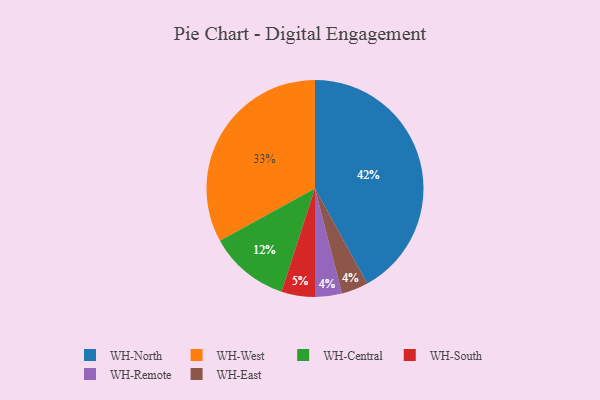
{"axis": {"x": "Category", "y": "Percentage"}, "legend": ["WH-Central", "WH-East", "WH-North", "WH-Remote", "WH-South", "WH-West"], "data": [{"x": "WH-Central", "y": 12, "type": "WH-Central"}, {"x": "WH-North", "y": 42, "type": "WH-North"}, {"x": "WH-West", "y": 33, "type": "WH-West"}, {"x": "WH-South", "y": 5, "type": "WH-South"}, {"x": "WH-Remote", "y": 4, "type": "WH-Remote"}, {"x": "WH-East", "y": 4, "type": "WH-East"}]}